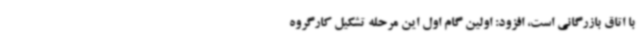
با اتاق بازرگانی است، افزود: اولین گام اول این مرحله تشکیل کارگروه